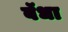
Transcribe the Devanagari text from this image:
बॅधा